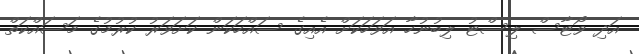
އަދި ވޯޓާސް ލިސްޓު ލިބުނުހާ އަވަހަކަށް އެއިގެ ސައްހަކަން ކަށަވަރު ކުރުމުގެ މަސައްކަތް